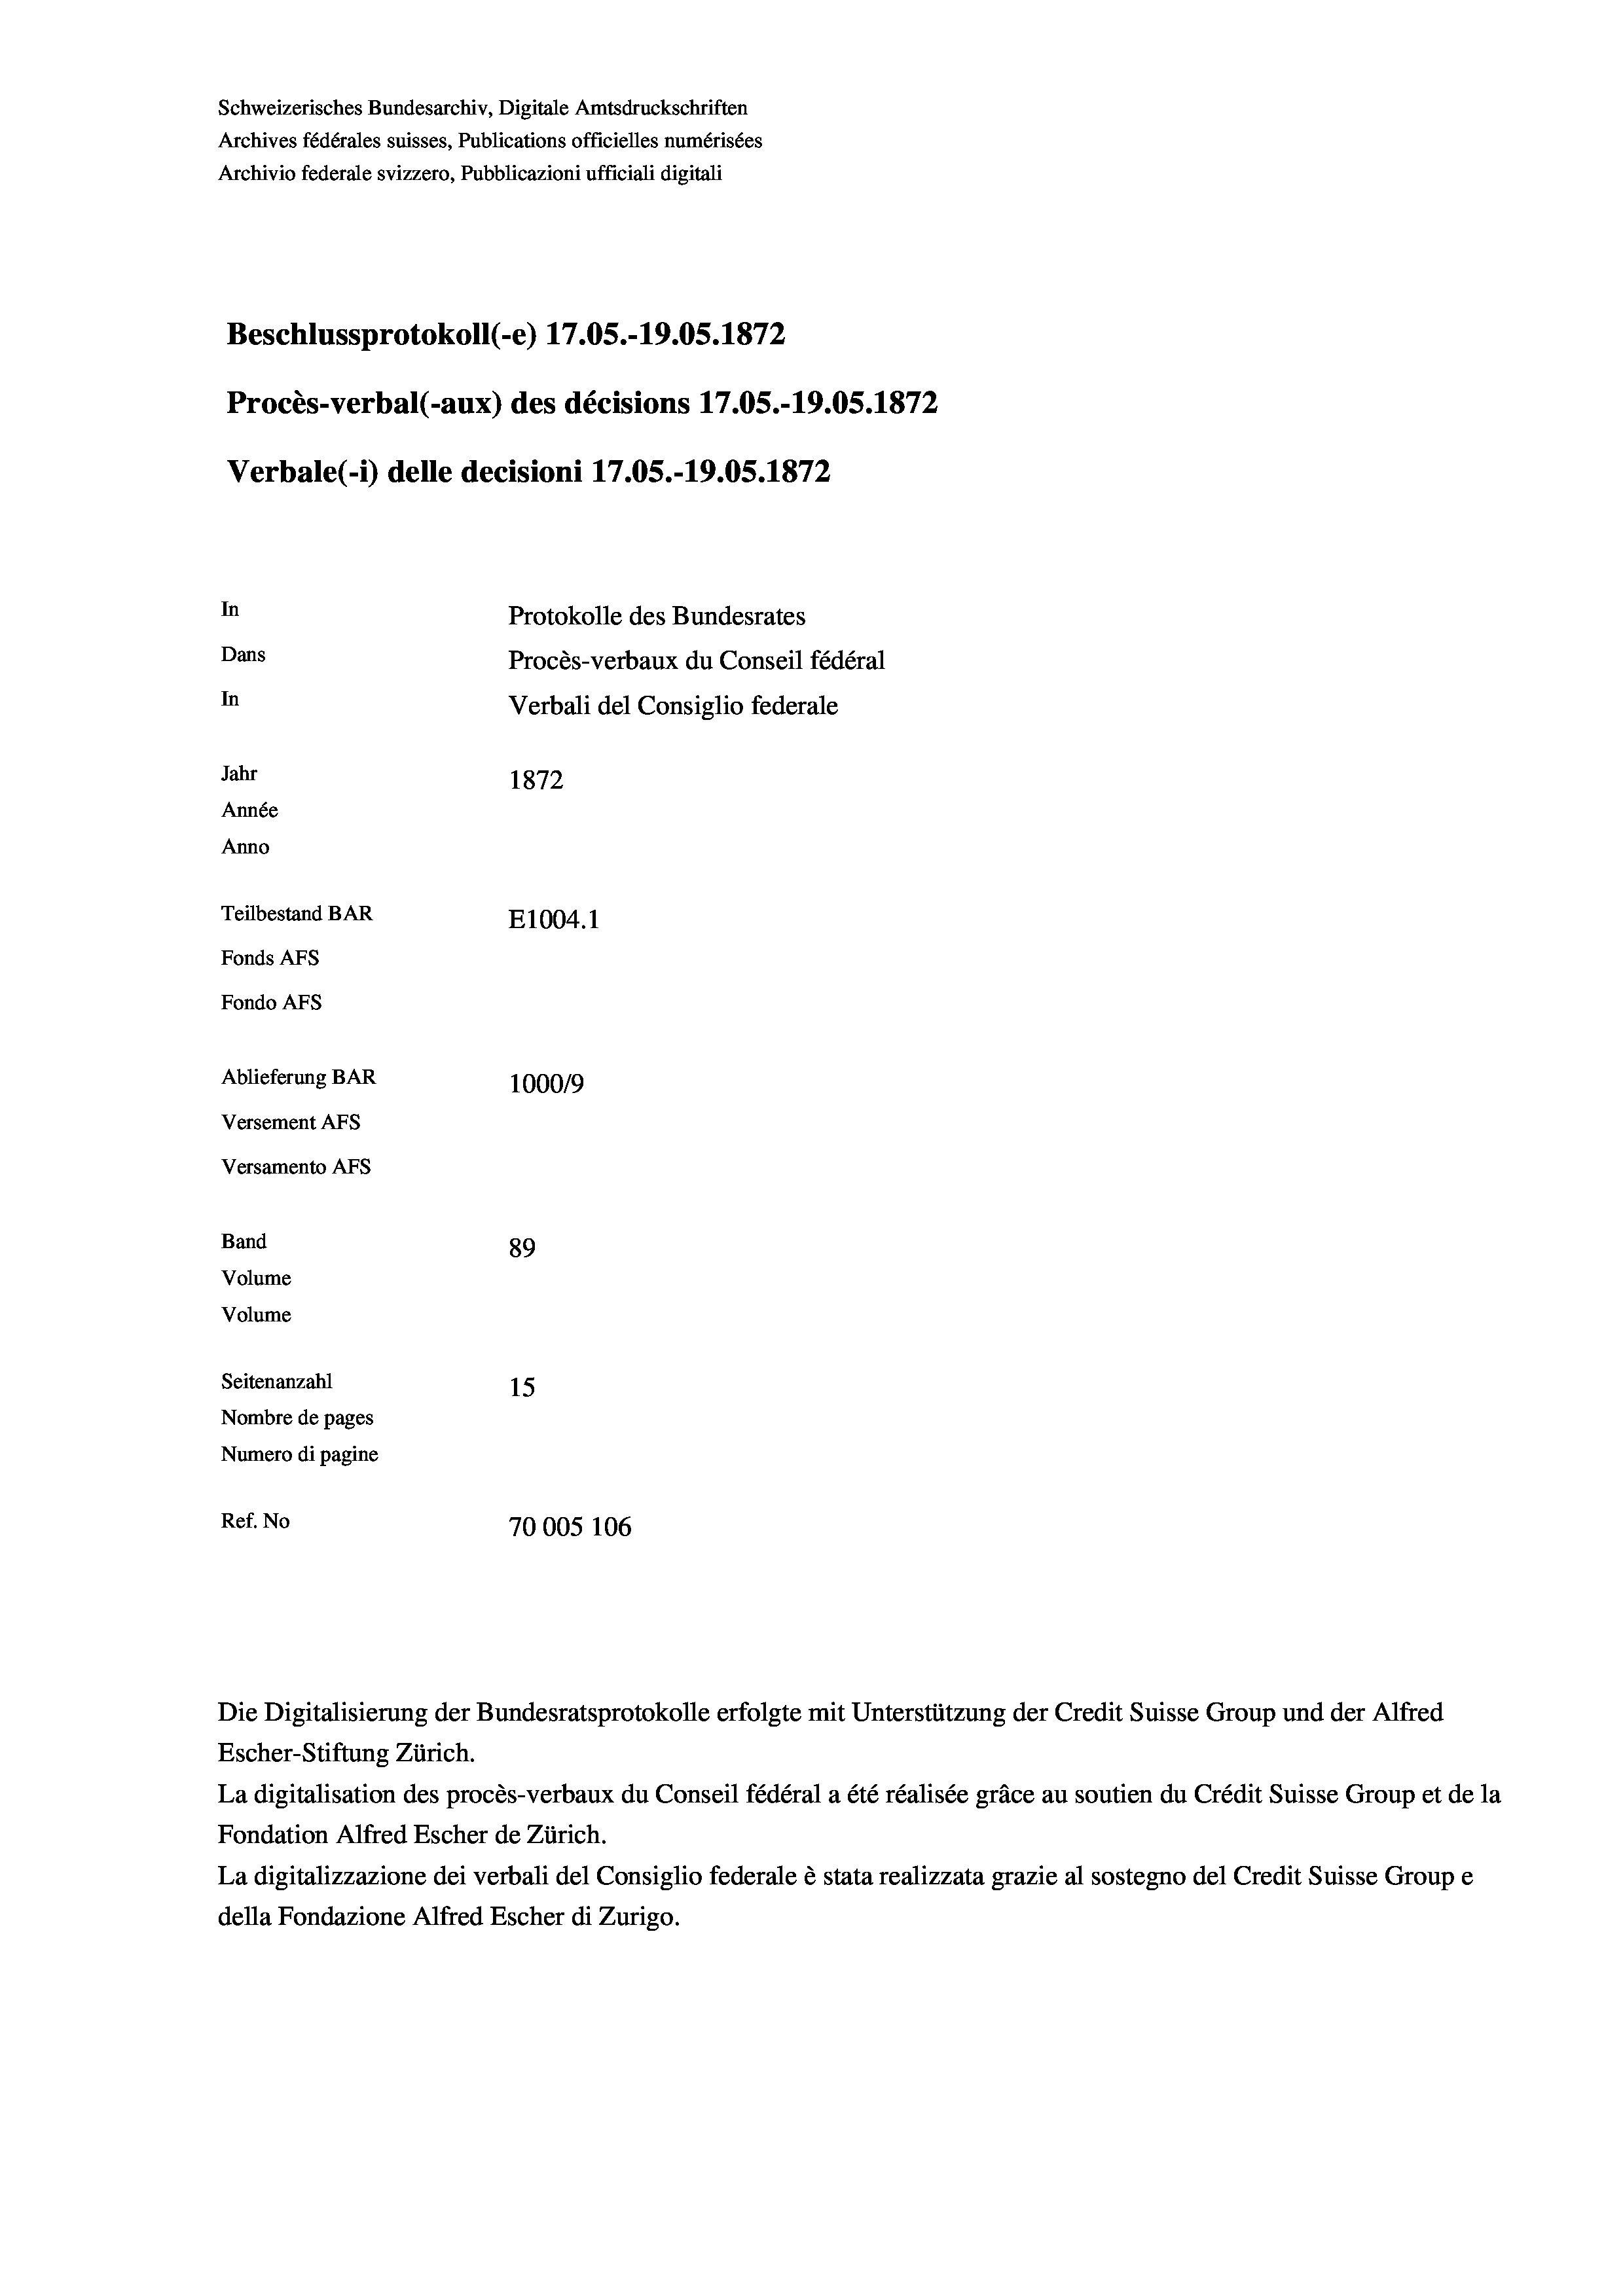
Schweizerisches Bundesarchiv, Digitale Amtsdruckschriften
Archives fédérales suisses, Publications officielles numérisées
Archivio federale svizzero, Pubblicazioni ufficiali digitali
Beschlussprotokoll (-e) 17.05.-19.05. 1872
Procès-verbal (-aux) des décisions 17.05.-19.05. 1872
Verbale(1) delle decisioni 17.05.-19.05. 1872
In
Protokolle des Bundesrates
Dans
Procès-verbaux du Conseil fédéral
In
Verbali del Consiglio federale
Jahr
1872
Année
Anno
Teilbestand BAR
E1004. 1
Fonds AEs
Fondo Afs
Ablieferung BAR
100019
Versement AFs

Versamento Afs
Band
Volume
Volume

Escher-Stiftung Zürich.
La digitalisation des procès-verbaux du Conseil fédéral a été réalisée gräce au soutien du Crédit Suisse Group et de la
Fondation Alfred Escher de Zürich.
La digitalizzazione dei verbali del Consiglio federale è stata realizzata grazie al sostegno del Credit Suisse Groupe
della Fondazione Alfred Escher di Zurigo.

89
Seitenanzahl
15
Nombre de pages
Numero di pagine
Ref. No
70005 106

Die Digitalisierung der Bundesratsprotokolle erfolgte mit Unterstützung der Credit Suisse Group und der Alfred